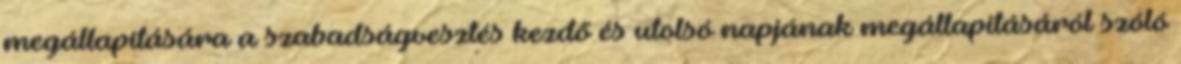
megállapítására a szabadságvesztés kezdő és utolsó napjának megállapításáról szóló